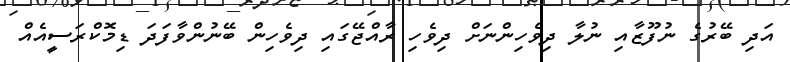
އަދި ބޭރުގެ ނުފޫޒާއި ނުލާ ދިވެހިންނަށް ދިވެހި ރާއްޖޭގައި ދިވެހިން ބޭނުންވާފަދަ ޑިމޮކްރަސީއެއް